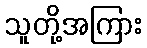
သူတို့အကြား